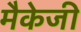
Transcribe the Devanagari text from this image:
मैकेजी